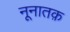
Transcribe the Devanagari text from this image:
नूनातक़